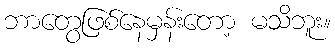
ဘာတွေဖြစ်နေမှန်းတော့ မသိဘူး။